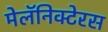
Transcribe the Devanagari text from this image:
मेलॅनिक्टेरस